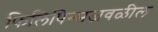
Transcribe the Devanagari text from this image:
फिलिपिन्सजवळील